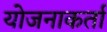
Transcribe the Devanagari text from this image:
योजनाकर्ता